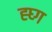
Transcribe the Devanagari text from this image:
ह्घ्ग